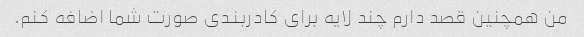
من همچنین قصد دارم چند لایه برای کادربندی صورت شما اضافه کنم.